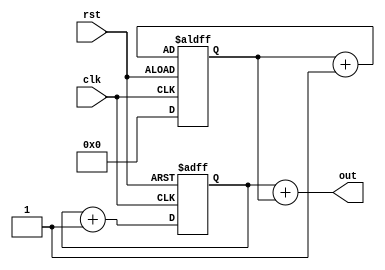
module dual_edge_counter(clk, rst, out);

    input  wire clk;
    input  wire rst;
    output wire [3:0]out;
    
    reg [3:0]count;
    reg [3:0]countb;
        
    always@(posedge clk or posedge rst)
        begin   
            if(rst)begin
                count <= 4'h0;
            end else begin
                count <= count + 1;
            end      
        end
        
    always@(negedge clk or negedge rst)
        begin   
            if(rst)begin
                countb <= 4'h0;
            end else begin
                countb <= countb + 1;
            end      
        end
    
    assign out = count + countb;
endmodule